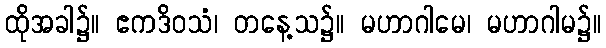
ထိုအခါ၌။ ဧကဒိဝသံ၊ တနေ့သ၌။ မဟာဂါမေ၊ မဟာဂါမ၌။